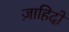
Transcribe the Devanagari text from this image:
ज़ाहिदों